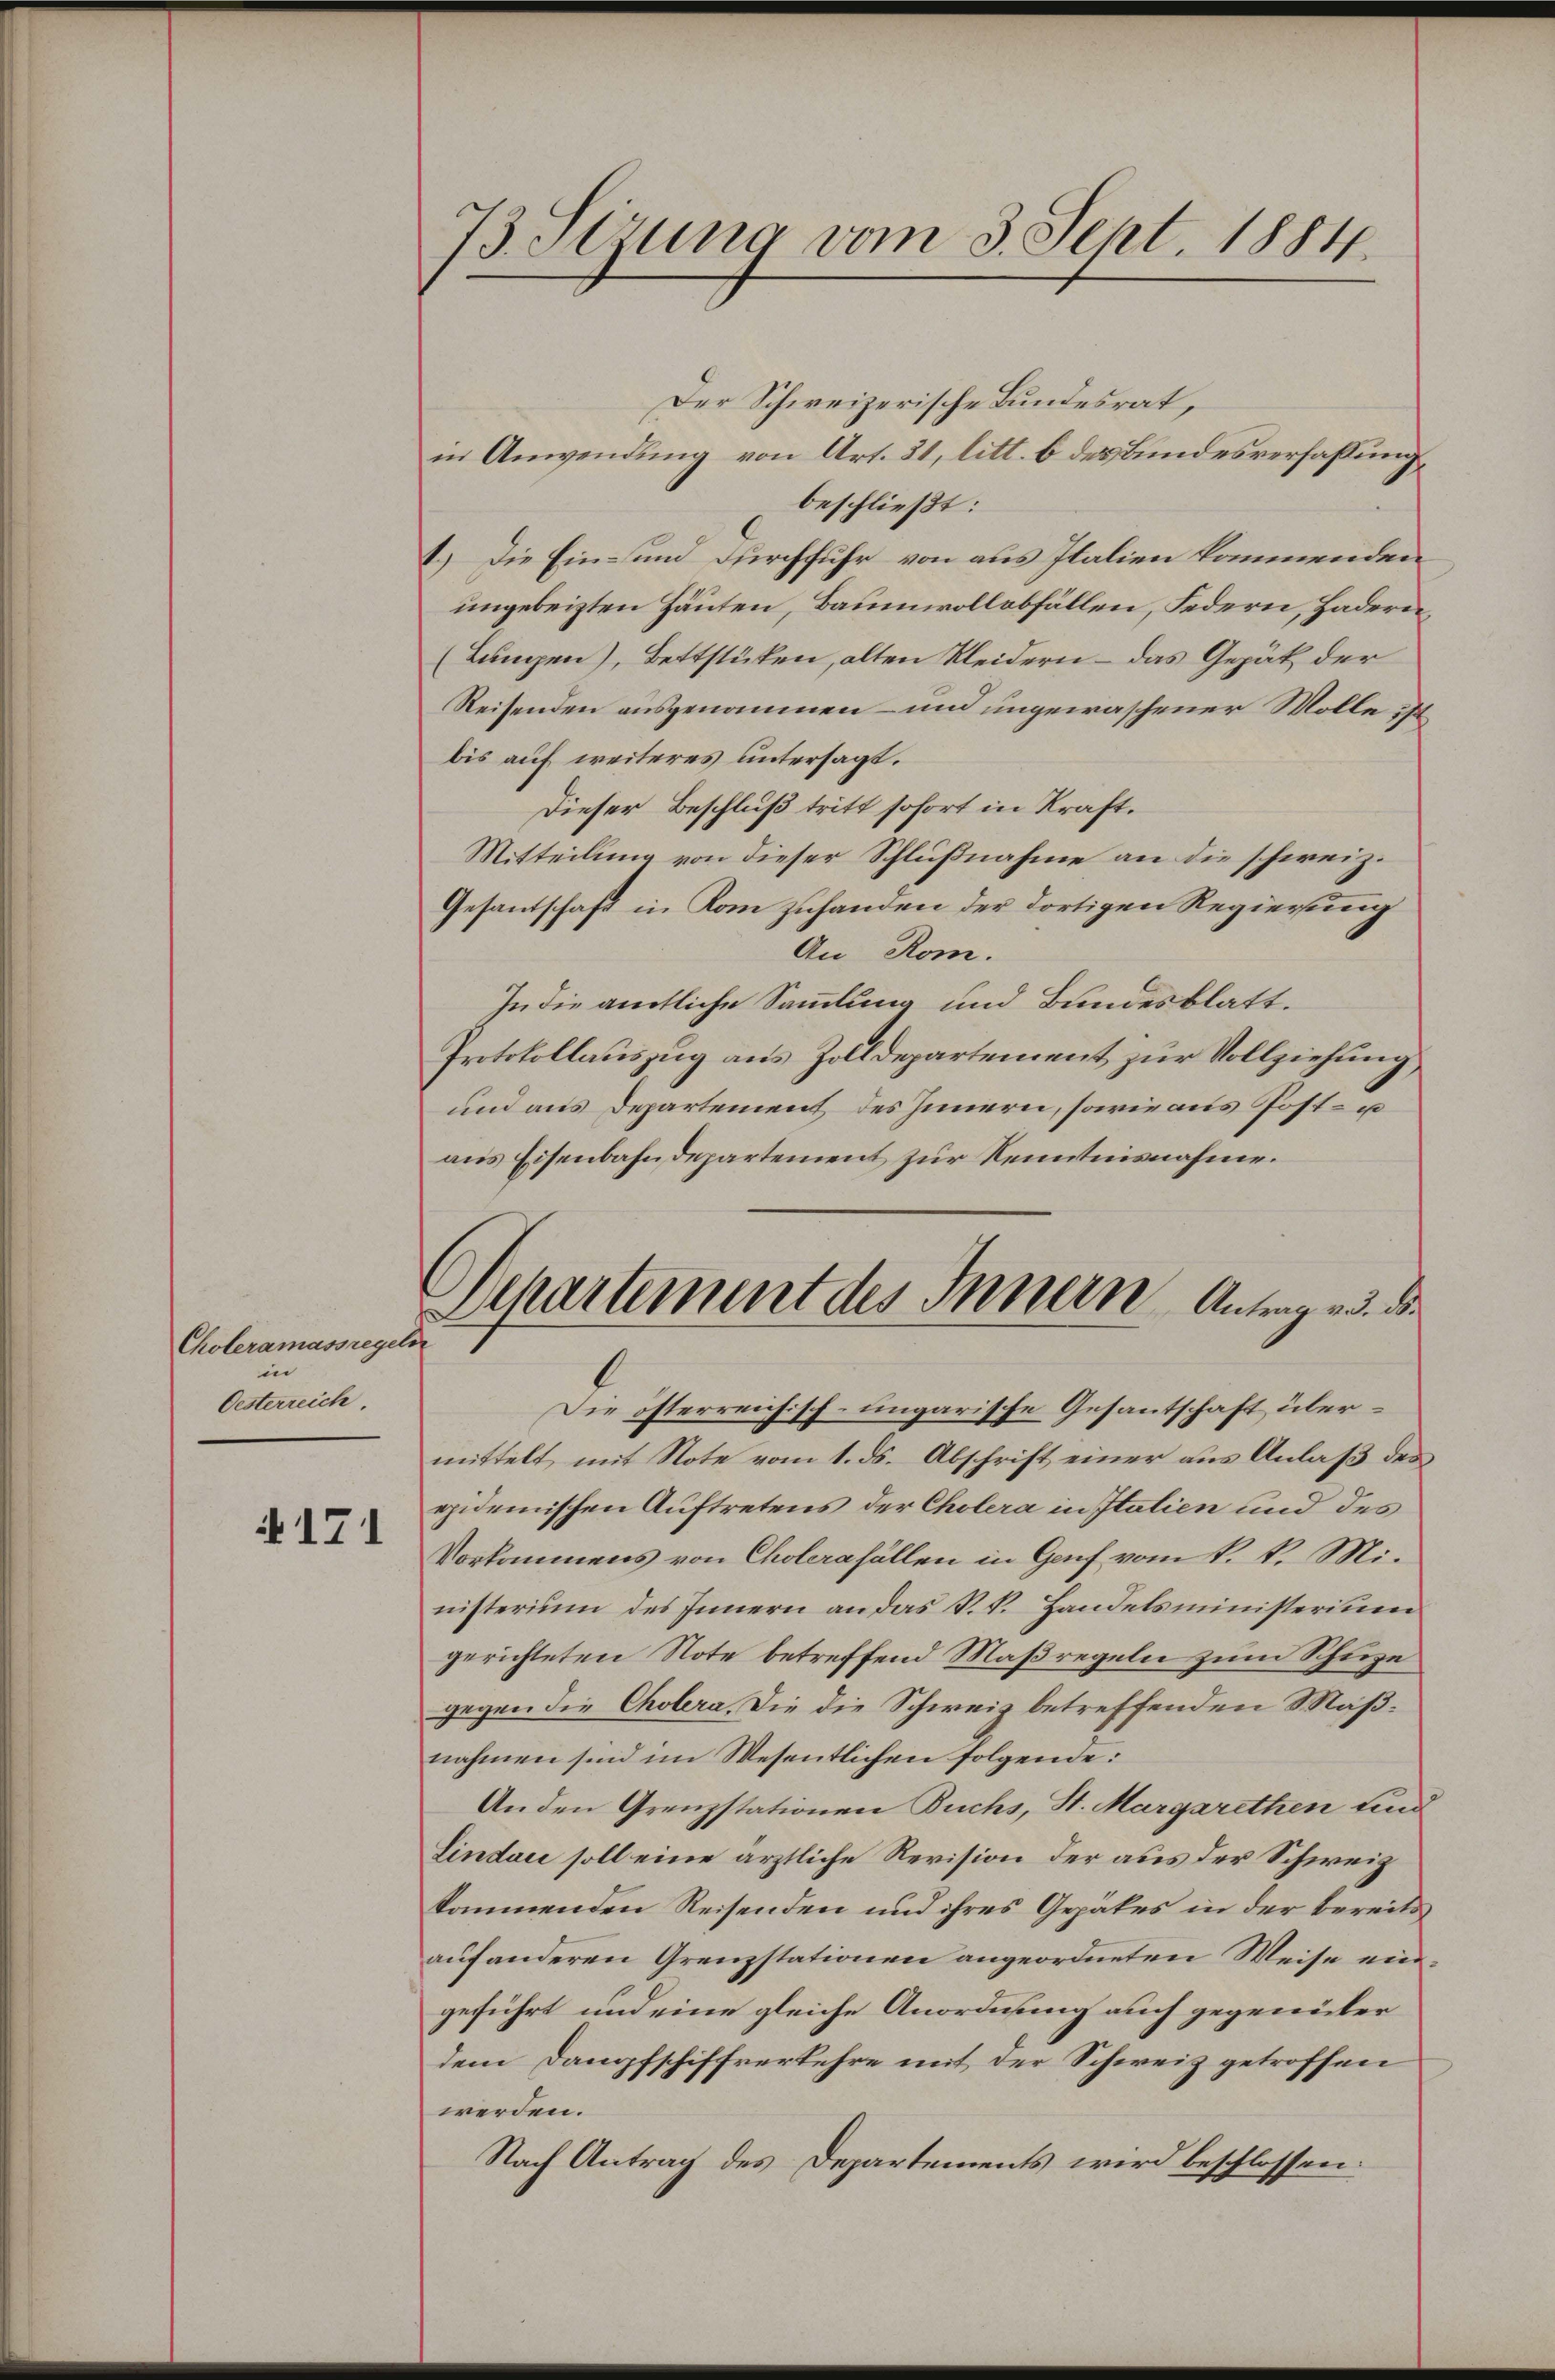
Choleramassregeli
in
Oesterreich.

4171

73 Stzung vom 3. Sept. 1884.

Departement des Innern Antrag u. die

Der Schweizerische Bundesrat,
in Anwendung von Art. 31, litt. b des Bundesverfassung
beschließt:
1.) Die Ein- und Durchfuhr von aus Italien kommenden
ungebeisten Häuten, Baumwollabfällen, Federn, Hadern¬
(Lungen), Bettstücken, alten Kleidern – das Gepät der
Reisenden ausgenommen- und ungewaschener Wolle ist.
bis auf weiteres untersagt.
Dieser Beschluß tritt sofort in Kraft¬
Mitteilung von dieser Schlußnahme an die schweiz.
Gesandschaft in Kom zuhanden der dortigen Regierung
An Rom.
In die amtliche Sammlung und Bundesblatt.
Protokollauszug aus Zolldepartement zur Vollziehung,
und aus Departement des Innern, sowie aus Post- u
aus Eisenbahndepartement zur Kenntnisnahme.
Die österreichisch-ungarische Gesantschaft übermittelt mit Note vom 1. ds. Abschrift einer aus Anlaß des
ppidemischen Auftretens der Cholera in Italien und des
Vorkommens von Cholerafällen in Genf vom k. k. Ministerium des Innern an das k.k. Handelsministerium
gerichteten Note betreffend Maßregeln zum Schuze
gegen die Cholera. Die die Schweiz betreffenden Maßnahmen sind im Wesentlichen folgende:
Anden Grenzstationen Buchs, St. Margarethen und
Lindau soll eine ärztliche Revision der aus der Schweiz
kommenden Reisenden und ihres Gepäkes in der bereits
auf anderen Grenzstationen angeordneten Weise eingeführt und eine gleiche Anordnung auch gegenüber
dem Dampfschiffverkehre mit der Schweiz getroffen
werden.
Nach Antrag des Departements wird beschlossen: